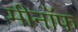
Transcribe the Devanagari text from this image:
मीनॉफ